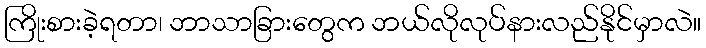
ကြိုးစားခဲ့ရတာ၊ ဘာသာခြားတွေက ဘယ်လိုလုပ်နားလည်နိုင်မှာလဲ။